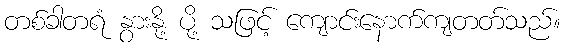
တစ်ခါတရံ နွားနို့ ပို့ သဖြင့် ကျောင်းနောက်ကျတတ်သည်။